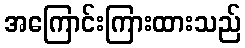
အကြောင်းကြားထားသည်